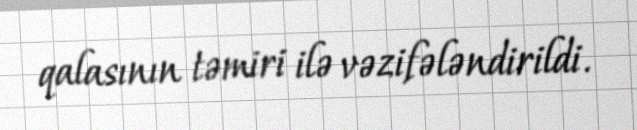
qalasının təmiri ilə vəzifələndirildi.